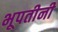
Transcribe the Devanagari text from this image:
भूपतीनी